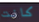
كانت